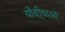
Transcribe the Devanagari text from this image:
योदी्धाओं